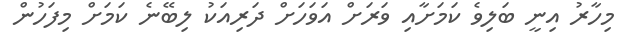
މިހާރު އިނީ ބަލިވެ ކަމަށާއި ވަރަށް އަވަހަށް ދަރިއަކު ލިބޭނެ ކަމަށް މިފަހުން